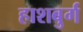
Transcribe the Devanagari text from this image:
हाशबुर्ग